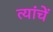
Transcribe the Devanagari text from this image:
त्यांचेेें